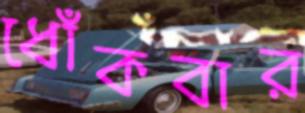
ধোঁকবার